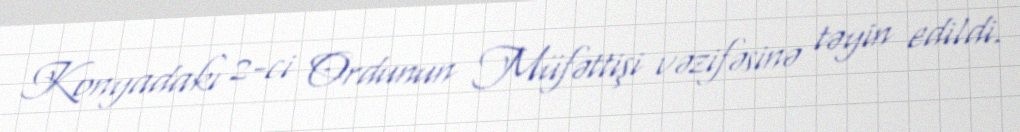
Konyadakı 2-ci Ordunun Müfəttişi vəzifəsinə təyin edildi.